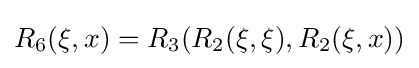
R_{6}(\xi ,x)=R_{3}(R_{2}(\xi ,\xi ),R_{2}(\xi ,x))